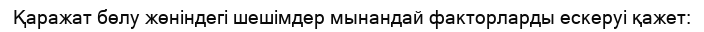
Қаражат бөлу жөніндегі шешімдер мынандай факторларды ескеруі қажет: